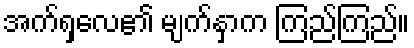
အက်ရှလေ၏ မျက်နှာက ကြည်ကြည်။